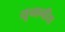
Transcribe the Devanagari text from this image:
यूनानीय